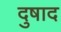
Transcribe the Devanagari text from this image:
दुषाद